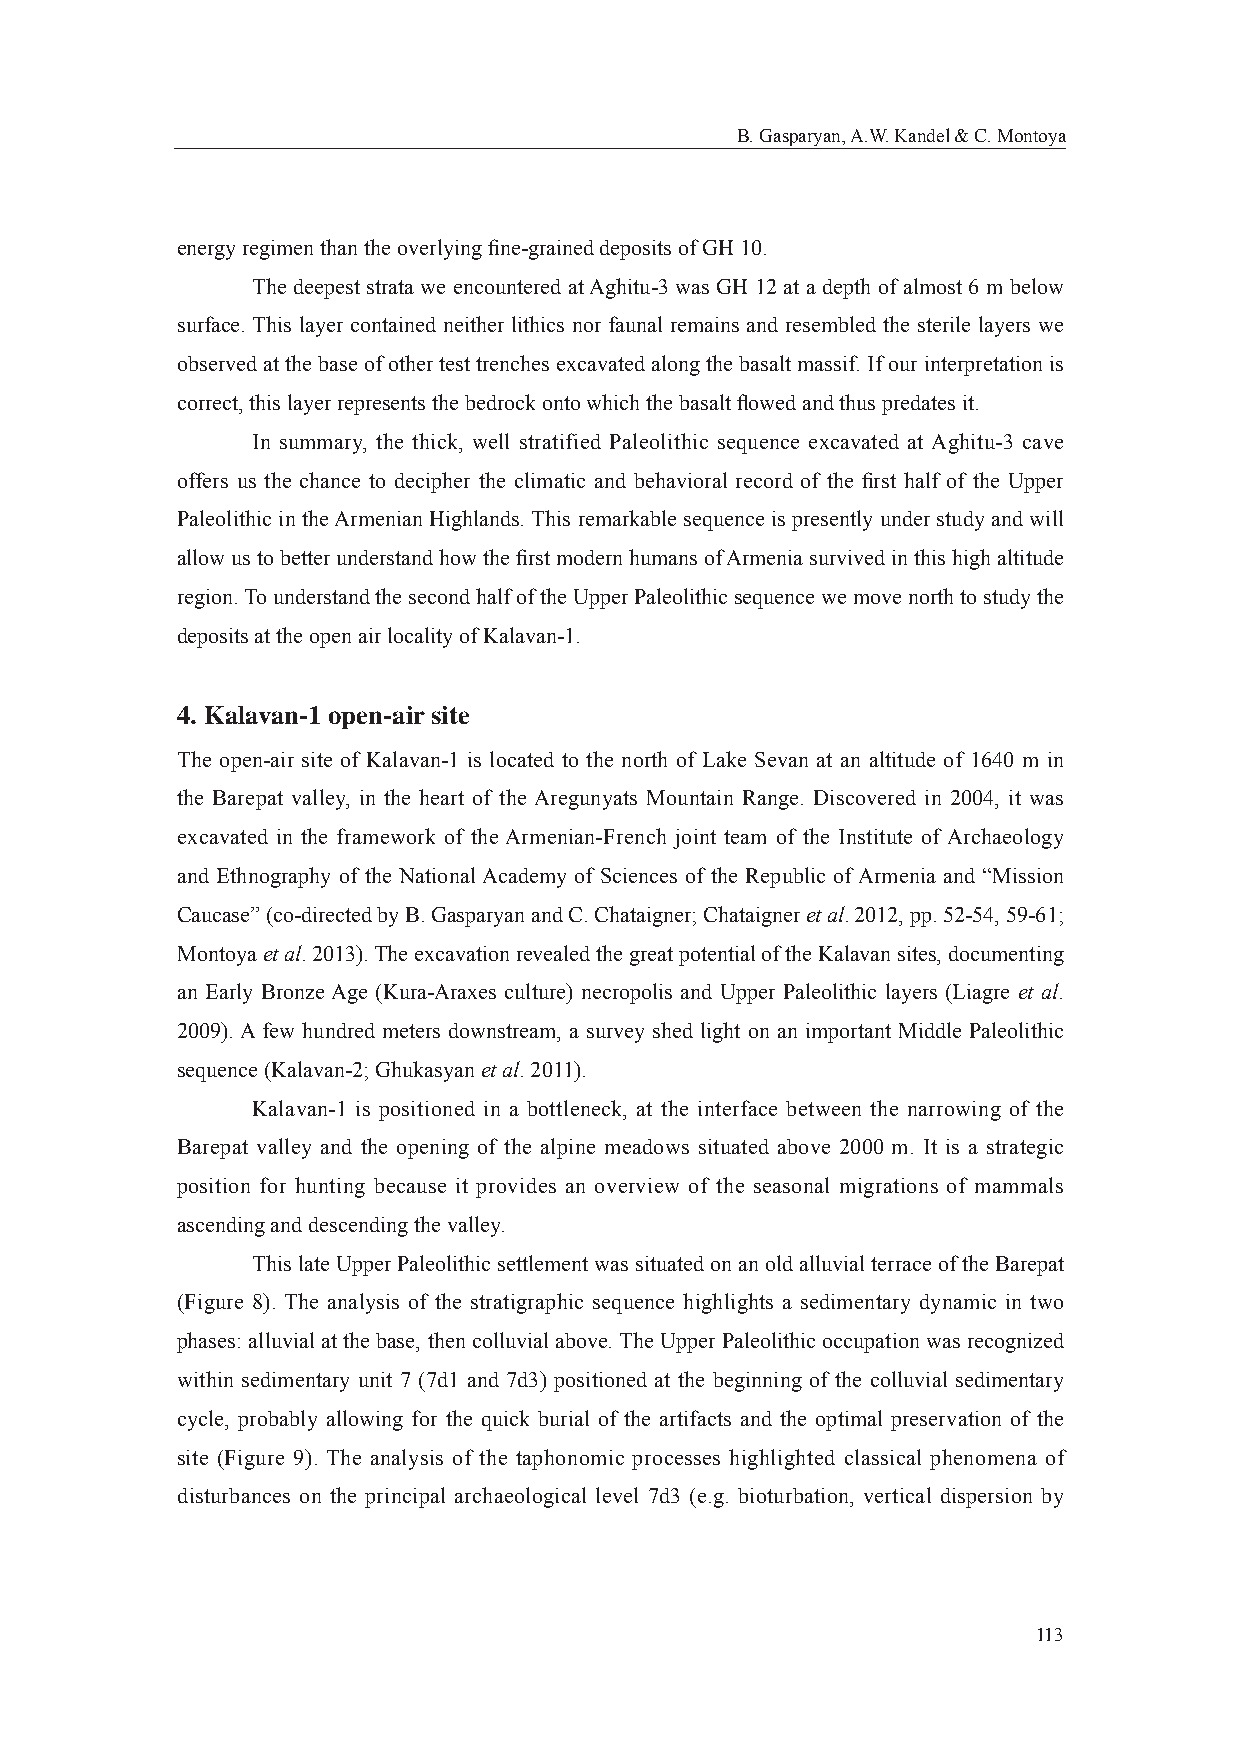
B. Gasparyan, A.W. Kandel & C. Montoya
 energy regimen than the overlying fi ne-grained deposits of GH 10.
 The deepest strata we encountered at Aghitu-3 was GH 12 at a depth of almost 6 m below
 surface. This layer contained neither lithics nor faunal remains and resembled the sterile layers we
 observed at the base of other test trenches excavated along the basalt massif. If our interpretation is
 correct, this layer represents the bedrock onto which the basalt fl owed and thus predates it.
 In summary, the thick, well stratified Paleolithic sequence excavated at Aghitu-3 cave
 offers us the chance to decipher the climatic and behavioral record of the fi rst half of the Upper
 Paleolithic in the Armenian Highlands. This remarkable sequence is presently under study and will
 allow us to better understand how the fi rst modern humans of Armenia survived in this high altitude
 region. To understand the second half of the Upper Paleolithic sequence we move north to study the
 deposits at the open air locality of Kalavan-1.
 4. Kalavan-1 open-air site
 The open-air site of Kalavan-1 is located to the north of Lake Sevan at an altitude of 1640 m in
 the Barepat valley, in the heart of the Aregunyats Mountain Range. Discovered in 2004, it was
 excavated in the framework of the Armenian-French joint team of the Institute of Archaeology
 and Ethnography of the National Academy of Sciences of the Republic of Armenia and “Mission
 Caucase” (co-directed by B. Gasparyan and C. Chataigner; Chataigner et al. 2012, pp. 52-54, 59-61;
 Montoya et al. 2013). The excavation revealed the great potential of the Kalavan sites, documenting
 an Early Bronze Age (Kura-Araxes culture) necropolis and Upper Paleolithic layers (Liagre et al.
 2009). A few hundred meters downstream, a survey shed light on an important Middle Paleolithic
 sequence (Kalavan-2; Ghukasyan et al. 2011).
 Kalavan-1 is positioned in a bottleneck, at the interface between the narrowing of the
 Barepat valley and the opening of the alpine meadows situated above 2000 m. It is a strategic
 position for hunting because it provides an overview of the seasonal migrations of mammals
 ascending and descending the valley.
 This late Upper Paleolithic settlement was situated on an old alluvial terrace of the Barepat
 (Figure 8). The analysis of the stratigraphic sequence highlights a sedimentary dynamic in two
 phases: alluvial at the base, then colluvial above. The Upper Paleolithic occupation was recognized
 within sedimentary unit 7 (7d1 and 7d3) positioned at the beginning of the colluvial sedimentary
 cycle, probably allowing for the quick burial of the artifacts and the optimal preservation of the
 site (Figure 9). The analysis of the taphonomic processes highlighted classical phenomena of
 disturbances on the principal archaeological level 7d3 (e.g. bioturbation, vertical dispersion by
 113